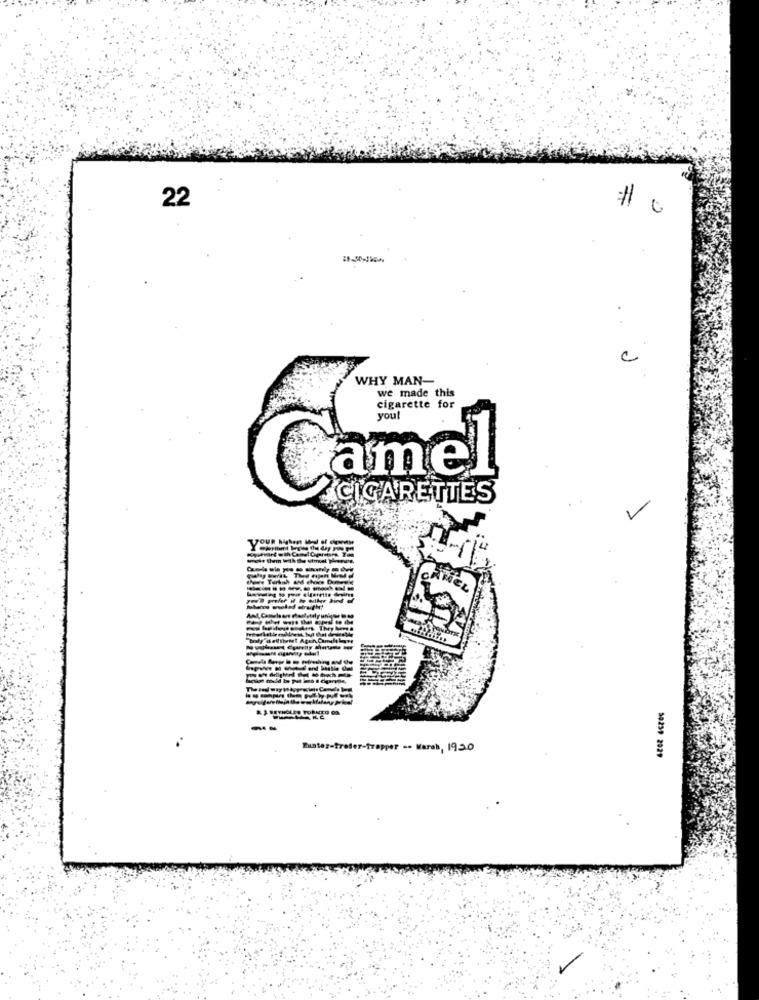
22
C
WHY MAN-
we made this
cigarette for
Camel
ICIGARETTES
V
# them
----------
CARICL
Buster-freier-trapper -. March, 1920
50259 2029